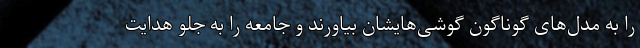
را به مدل‌های گوناگون گوشی‌هایشان بیاورند و جامعه را به جلو هدایت